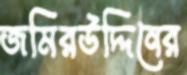
জমিরউদ্দিনের